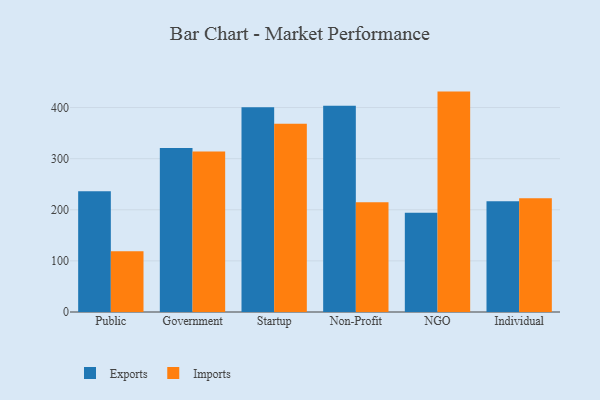
{"axis": {"x": "Segment", "y": "Active Users"}, "legend": ["Exports", "Imports"], "data": [{"x": "Public", "y": 236.3, "type": "Exports"}, {"x": "Public", "y": 118.9, "type": "Imports"}, {"x": "Government", "y": 320.7, "type": "Exports"}, {"x": "Government", "y": 313.9, "type": "Imports"}, {"x": "Startup", "y": 400.4, "type": "Exports"}, {"x": "Startup", "y": 368.4, "type": "Imports"}, {"x": "Non-Profit", "y": 403.7, "type": "Exports"}, {"x": "Non-Profit", "y": 214.8, "type": "Imports"}, {"x": "NGO", "y": 194.3, "type": "Exports"}, {"x": "NGO", "y": 431.2, "type": "Imports"}, {"x": "Individual", "y": 216.6, "type": "Exports"}, {"x": "Individual", "y": 222.7, "type": "Imports"}]}